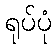
ရုပ်ပုံ